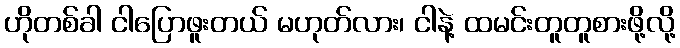
ဟိုတစ်ခါ ငါပြောဖူးတယ် မဟုတ်လား၊ ငါနဲ့ ထမင်းတူတူစားဖို့လို့